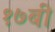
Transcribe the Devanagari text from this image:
१७बी